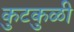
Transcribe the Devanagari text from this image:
कुटकुळी